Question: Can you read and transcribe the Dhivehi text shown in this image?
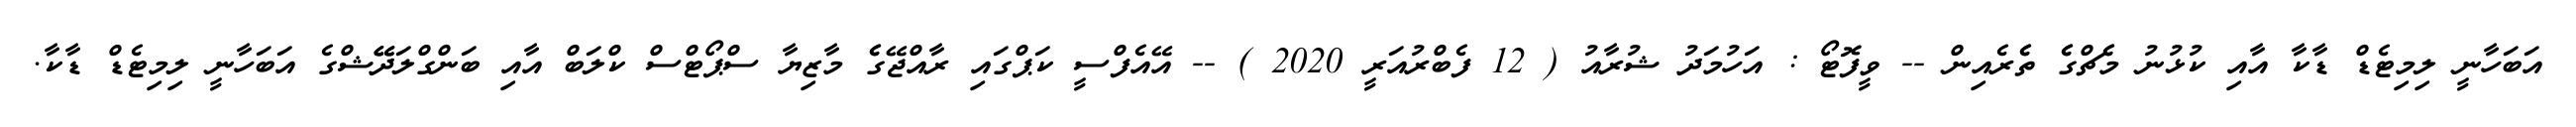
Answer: އަބަހާނީ ލިމިޓެޑް ޑާކާ އާއި ކުޅުނު މެެޗްގެެ ތެެރެއިން -- ވީފޮޓޯ : އަހުމަދު ޝުރާއު ( 12 ފެބްރުއަރީ 2020 ) -- އޭއެފްސީ ކަޕްގައި ރާއްޖޭގެެ މާޒިޔާ ސްޕޯޓްސް ކްލަބް އާއި ބަންގްލަދޭޭޝްގެ އަބަހާނީ ލިމިޓެޑް ޑާކާ.